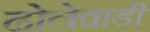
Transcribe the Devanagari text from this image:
ढोलेवाडी